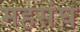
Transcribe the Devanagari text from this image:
महसंघ